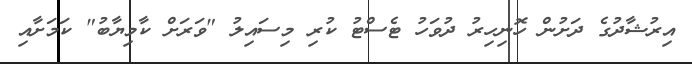
އިރުޝާދުގެ ދަށުން ހޮނިހިރު ދުވަހު ޓެސްޓު ކުރި މިސައިލު "ވަރަށް ކާމިޔާބު" ކަމަށާއި